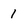
Character: 1